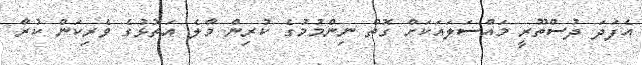
އެފަދަ ދުސްތޫރީ މައްސަލައަކަށް ގޮތް ނިންމުމުގެ ކުރިން މާލެ އަތޮޅުގެ ވެރިކަން ކުރާ